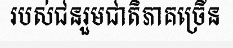
របស់ជនរួមជាតិភាគច្រើន